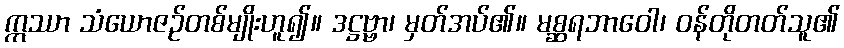
ဣဿာ သံယောဇဉ်တစ်မျိုးဟူ၍။ ဒဋ္ဌဗ္ဗာ၊ မှတ်အပ်၏။ မစ္ဆရဘာဝေါ၊ ဝန်တိုတတ်သူ၏